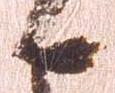
日